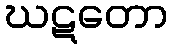
ဃဋတော